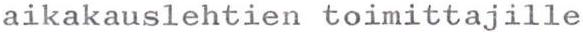
aikakauslehtien toimittajille